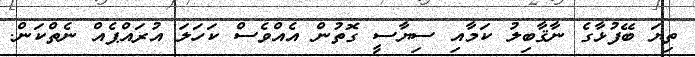
ތިޔަ ބޭފުޅާގެ ނާޤާބިލު ކަމާއި ސިޔާސީ ގޮތުން އެއްވެސް ކަހަލަ އުރައްޕެއް ނެތްކަން.